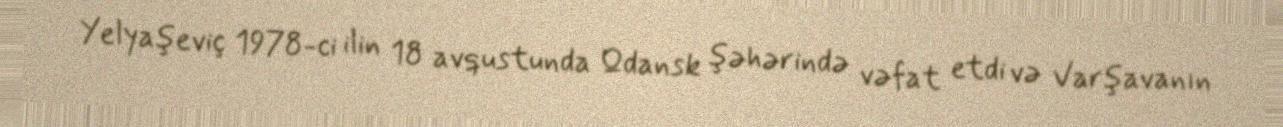
Yelyaşeviç 1978-ci ilin 18 avqustunda Qdansk şəhərində vəfat etdi və Varşavanın